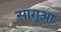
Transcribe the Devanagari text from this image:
सागुआ